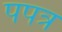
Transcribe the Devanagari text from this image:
पपत्र